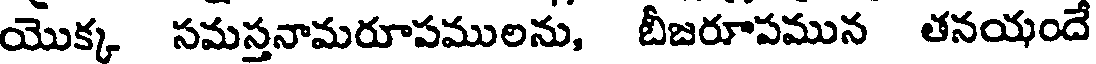
యొక్క సమస్తనామరూపములను, బీజరూపమున తనయందే